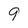
Character: 9